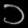
Digit: ၁